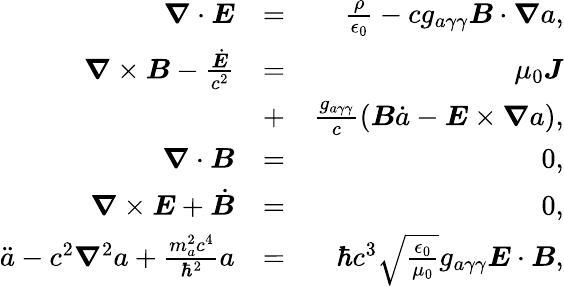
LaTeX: \begin{array}{rlr}{\boldsymbol\nabla\cdot\boldsymbol E}&{=}&{\frac{\rho}{\epsilon_{0}}-cg_{a\gamma\gamma}\boldsymbol B\cdot\boldsymbol\nabla a,}\\ {\boldsymbol\nabla\times\boldsymbol B-\frac{\dot{\boldsymbol E}}{c^{2}}}&{=}&{\mu_{0}\boldsymbol J}\\ &{+}&{\frac{g_{a\gamma\gamma}}{c}\left(\boldsymbol B\dot{a}-\boldsymbol E\times\boldsymbol\nabla a\right),}\\ {\boldsymbol\nabla\cdot\boldsymbol B}&{=}&{0,}\\ {\boldsymbol\nabla\times\boldsymbol E+\dot{\boldsymbol B}}&{=}&{0,}\\ {\ddot{a}-c^{2}\boldsymbol\nabla^{2}a+\frac{m_{a}^{2}c^{4}}{\hbar^{2}}a}&{=}&{\hbar c^{3}\sqrt{\frac{\epsilon_{0}}{\mu_{0}}}g_{a\gamma\gamma}\boldsymbol E\cdot\boldsymbol B,}\end{array}